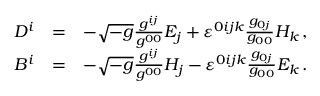
\begin{array} { r l r } { D ^ { i } } & { = } & { - \sqrt { - g } \frac { g ^ { i j } } { g ^ { 0 0 } } E _ { j } + \varepsilon ^ { 0 i j k } \frac { g _ { 0 j } } { g _ { 0 0 } } H _ { k } \, , } \\ { B ^ { i } } & { = } & { - \sqrt { - g } \frac { g ^ { i j } } { g ^ { 0 0 } } H _ { j } - \varepsilon ^ { 0 i j k } \frac { g _ { 0 j } } { g _ { 0 0 } } E _ { k } \, . } \end{array}